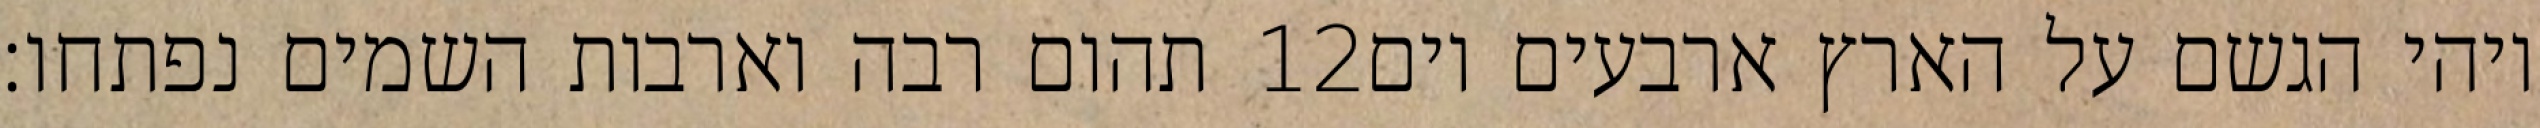
תהום רבה וארבות השמים נפתחו׃ ‎12‏ ויהי הגשם על הארץ ארבעים יום